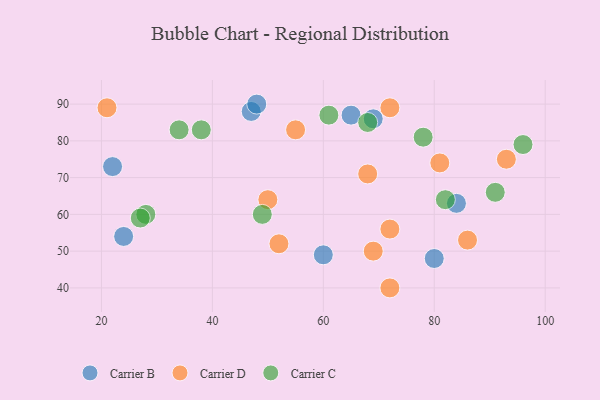
{"axis": {"x": "GDP", "y": "Life Expectancy"}, "legend": ["Carrier B", "Carrier C", "Carrier D"], "data": [{"x": "24", "y": 54, "type": "Carrier B"}, {"x": "47", "y": 88, "type": "Carrier B"}, {"x": "65", "y": 87, "type": "Carrier B"}, {"x": "84", "y": 63, "type": "Carrier B"}, {"x": "48", "y": 90, "type": "Carrier B"}, {"x": "80", "y": 48, "type": "Carrier B"}, {"x": "22", "y": 73, "type": "Carrier B"}, {"x": "60", "y": 49, "type": "Carrier B"}, {"x": "69", "y": 86, "type": "Carrier B"}, {"x": "55", "y": 83, "type": "Carrier D"}, {"x": "50", "y": 64, "type": "Carrier D"}, {"x": "68", "y": 71, "type": "Carrier D"}, {"x": "52", "y": 52, "type": "Carrier D"}, {"x": "72", "y": 40, "type": "Carrier D"}, {"x": "72", "y": 56, "type": "Carrier D"}, {"x": "86", "y": 53, "type": "Carrier D"}, {"x": "21", "y": 89, "type": "Carrier D"}, {"x": "93", "y": 75, "type": "Carrier D"}, {"x": "81", "y": 74, "type": "Carrier D"}, {"x": "72", "y": 89, "type": "Carrier D"}, {"x": "69", "y": 50, "type": "Carrier D"}, {"x": "61", "y": 87, "type": "Carrier C"}, {"x": "49", "y": 60, "type": "Carrier C"}, {"x": "78", "y": 81, "type": "Carrier C"}, {"x": "96", "y": 79, "type": "Carrier C"}, {"x": "82", "y": 64, "type": "Carrier C"}, {"x": "28", "y": 60, "type": "Carrier C"}, {"x": "27", "y": 59, "type": "Carrier C"}, {"x": "34", "y": 83, "type": "Carrier C"}, {"x": "91", "y": 66, "type": "Carrier C"}, {"x": "38", "y": 83, "type": "Carrier C"}, {"x": "68", "y": 85, "type": "Carrier C"}]}